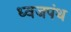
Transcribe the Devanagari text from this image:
ध्वजपंथ